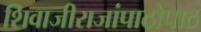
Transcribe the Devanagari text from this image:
शिवाजीराजांपाठोपाठ